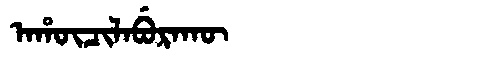
Manchu: ᠠᡥᡡᠴᡳᠯᠠᠪᡠᡵᠠᡴᡡ
Romanization: AHŪCILABURAKŪ